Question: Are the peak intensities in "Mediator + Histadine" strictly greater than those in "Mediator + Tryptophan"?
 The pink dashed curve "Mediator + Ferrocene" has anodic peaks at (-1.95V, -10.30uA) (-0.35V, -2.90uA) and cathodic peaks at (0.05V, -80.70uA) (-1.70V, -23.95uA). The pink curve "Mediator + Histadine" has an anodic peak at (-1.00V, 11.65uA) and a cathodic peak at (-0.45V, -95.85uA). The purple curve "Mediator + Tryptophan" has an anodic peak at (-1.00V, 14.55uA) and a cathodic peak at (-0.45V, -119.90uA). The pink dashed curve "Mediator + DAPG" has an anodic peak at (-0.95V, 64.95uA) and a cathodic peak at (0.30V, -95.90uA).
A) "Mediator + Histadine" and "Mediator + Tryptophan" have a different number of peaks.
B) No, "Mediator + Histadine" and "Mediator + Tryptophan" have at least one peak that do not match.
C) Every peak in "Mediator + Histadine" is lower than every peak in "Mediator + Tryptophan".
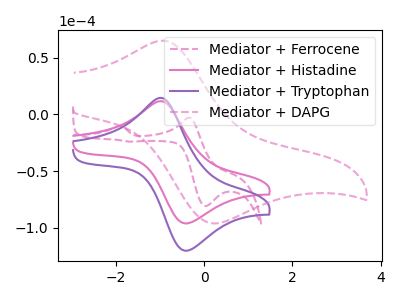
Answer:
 <answer>C) Every peak in "Mediator + Histadine" is lower than every peak in "Mediator + Tryptophan".</answer>
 <eval>C</eval>